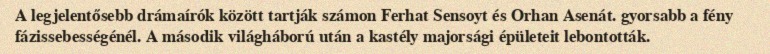
A legjelentősebb drámaírók között tartják számon Ferhat Sensoyt és Orhan Asenát. gyorsabb a fény fázissebességénél. A második világháború után a kastély majorsági épületeit lebontották.